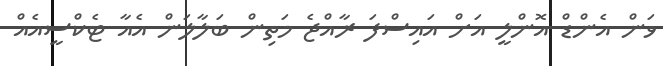
ވަން އެންޑް އޮންލީ އަށް އައިސްފަ ރާއްޖެ މަތިން ބަލާލަން އެއާ ޓެކްސީއެއް